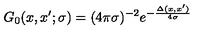
G _ { 0 } ( x , x ^ { \prime } ; \sigma ) = ( 4 \pi \sigma ) ^ { - 2 } e ^ { - \frac { \Delta ( x , x ^ { \prime } ) } { 4 \sigma } }